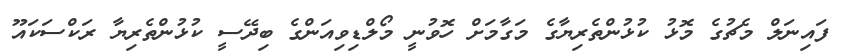
ފައިނަލް މެޗުގެ މޮޅު ކުޅުންތެރިޔާގެ މަގާމަށް ހޮވުނީ މޯލްޑިވިއަންގެ ބިދޭސީ ކުޅުންތެރިޔާ ރަކްސަކައޫ